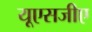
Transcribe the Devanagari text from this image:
यूएसजीए